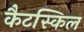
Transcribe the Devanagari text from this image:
कैटस्किल